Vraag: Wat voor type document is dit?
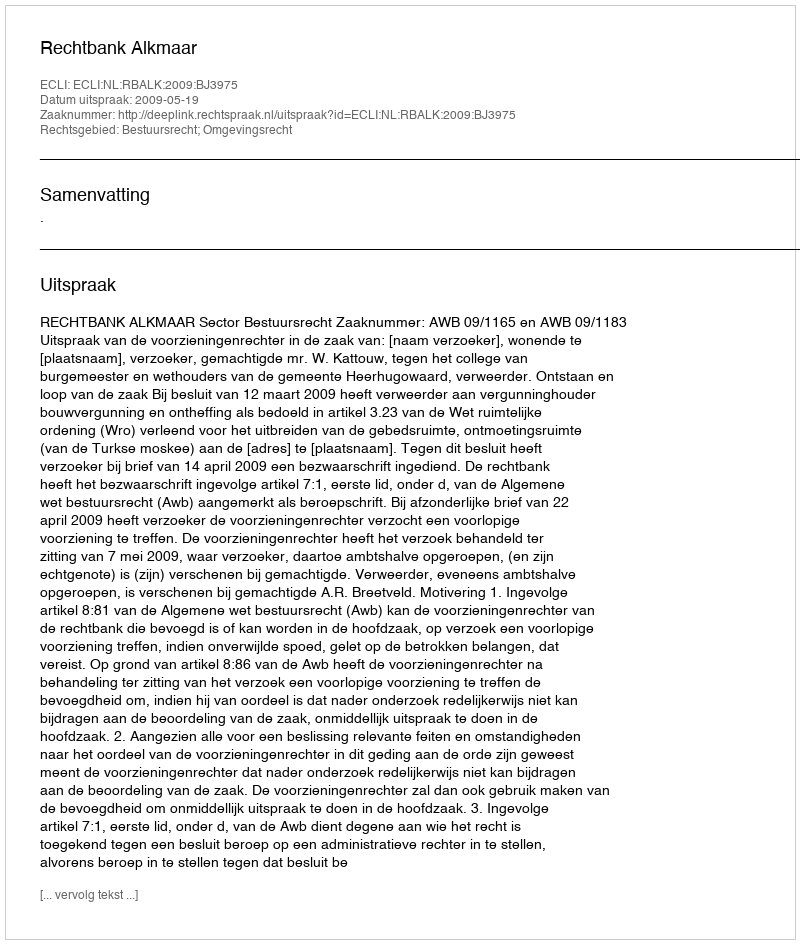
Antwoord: Uitspraak